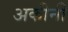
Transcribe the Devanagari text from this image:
अकीनी